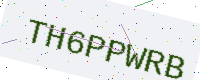
Text: TH6PPWRB